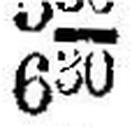
630